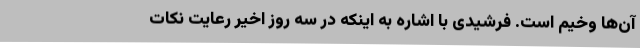
آن‌ها وخیم است. فرشیدی با اشاره به اینکه در سه روز اخیر رعایت نکات